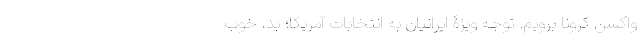
واکسن کرونا برویم. توجه ویژۀ ایرانیان به انتخابات آمریکا؛ بد، خوب